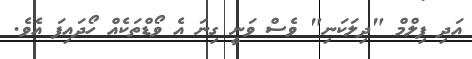
އަދި ފިލްމް "ދިލަކަނި" ވެސް ވަނީ ގިނަ އެ ވޯޑްތަކެއް ހޯދައިފަ އެވެ.